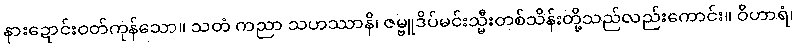
နားဍောင်းဝတ်ကုန်သော။ သတံ ကညာ သဟဿာနိ၊ ဇမ္ဗူဒိပ်မင်းသ္မီးတစ်သိန်းတို့သည်လည်းကောင်း။ ဝိဟာရံ၊